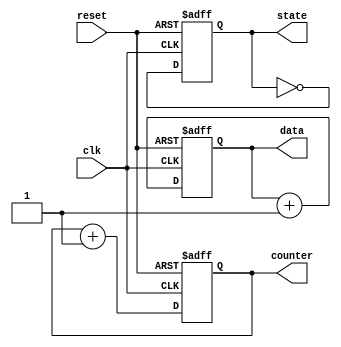
module initialization_example (
    input wire clk,
    input wire reset,
    output reg [7:0] counter,
    output reg state,
    output reg [15:0] data
);

// Initialization Block
initial begin
    // Initialize registers and signals
    counter = 8'b00000000; // Initialize counter to 0
    state = 1'b0;          // Initialize state to 0 (could represent a specific state)
    data = 16'b0000000000000000; // Initialize data to 0
end

// Sequential Logic
always @(posedge clk or posedge reset) begin
    if (reset) begin
        // Reset behavior
        counter <= 8'b00000000; // Reset counter to 0
        state <= 1'b0;          // Reset state to 0
        data <= 16'b0000000000000000; // Reset data to 0
    end else begin
        // Example behavior: Increment counter and toggle state
        counter <= counter + 1;
        state <= ~state; // Toggle state
        data <= data + 1; // Increment data
    end
end

endmodule